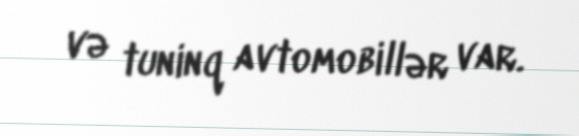
və tuninq avtomobillər var.